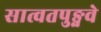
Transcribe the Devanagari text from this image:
सात्वतपुङ्गवे